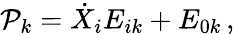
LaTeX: {\cal P}_{k}=\dot{X}_{i}E_{ik}+E_{0k}\, ,